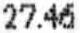
27.46